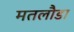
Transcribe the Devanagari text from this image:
मतलौडा